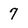
Character: 7